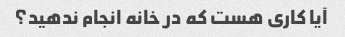
آیا کاری هست که در خانه انجام ندهید؟